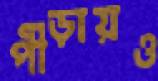
পীড়ায়ও